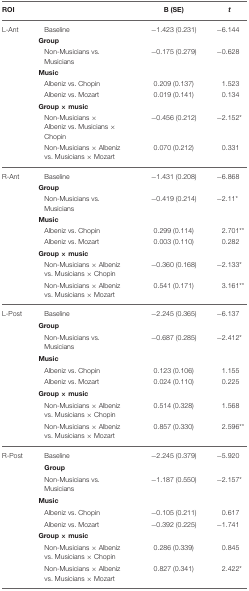
<table><thead><tr><td><b>ROI</b></td><td></td><td><b>B (SE)</b></td><td><b><i>t</i></b></td></tr></thead><tbody><tr><td>L-Ant</td><td>Baseline</td><td>−1.423 (0.231)</td><td>−6.144</td></tr><tr><td colspan="3"><b>Group</b></td><td></td></tr><tr><td></td><td>Non-Musicians vs. Musicians</td><td>−0.175 (0.279)</td><td>−0.628</td></tr><tr><td colspan="3"><b>Music</b></td><td></td></tr><tr><td></td><td>Albeniz vs. Chopin</td><td>0.209 (0.137)</td><td>1.523</td></tr><tr><td></td><td>Albeniz vs. Mozart</td><td>0.019 (0.141)</td><td>0.134</td></tr><tr><td colspan="3"><b>Group</b> × <b>music</b></td><td></td></tr><tr><td></td><td>Non-Musicians × Albeniz vs. Musicians × Chopin</td><td>−0.456 (0.212)</td><td>−2.152<sup>*</sup></td></tr><tr><td></td><td>Non-Musicians × Albeniz vs. Musicians × Mozart</td><td>0.070 (0.212)</td><td>0.331</td></tr><tr><td>R-Ant</td><td>Baseline</td><td>−1.431 (0.208)</td><td>−6.868</td></tr><tr><td colspan="3"><b>Group</b></td><td></td></tr><tr><td></td><td>Non-Musicians vs. Musicians</td><td>−0.419 (0.214)</td><td>−2.11<sup>*</sup></td></tr><tr><td colspan="3"><b>Music</b></td><td></td></tr><tr><td></td><td>Albeniz vs. Chopin</td><td>0.299 (0.114)</td><td>2.701<sup>**</sup></td></tr><tr><td></td><td>Albeniz vs. Mozart</td><td>0.003 (0.110)</td><td>0.282</td></tr><tr><td colspan="3"><b>Group</b> × <b>music</b></td><td></td></tr><tr><td></td><td>Non-Musicians × Albeniz vs. Musicians × Chopin</td><td>−0.360 (0.168)</td><td>−2.133<sup>*</sup></td></tr><tr><td></td><td>Non-Musicians × Albeniz vs. Musicians × Mozart</td><td>0.541 (0.171)</td><td>3.161<sup>**</sup></td></tr><tr><td>L-Post</td><td>Baseline</td><td>−2.245 (0.365)</td><td>−6.137</td></tr><tr><td colspan="3"><b>Group</b></td><td></td></tr><tr><td></td><td>Non-Musicians vs. Musicians</td><td>−0.687 (0.285)</td><td>−2.412<sup>*</sup></td></tr><tr><td colspan="3"><b>Music</b></td><td></td></tr><tr><td></td><td>Albeniz vs. Chopin</td><td>0.123 (0.106)</td><td>1.155</td></tr><tr><td></td><td>Albeniz vs. Mozart</td><td>0.024 (0.110)</td><td>0.225</td></tr><tr><td colspan="3"><b>Group</b> × <b>music</b></td><td></td></tr><tr><td></td><td>Non-Musicians × Albeniz vs. Musicians × Chopin</td><td>0.514 (0.328)</td><td>1.568</td></tr><tr><td></td><td>Non-Musicians × Albeniz vs. Musicians × Mozart</td><td>0.857 (0.330)</td><td>2.596<sup>**</sup></td></tr><tr><td>R-Post</td><td>Baseline</td><td>−2.245 (0.379)</td><td>−5.920</td></tr><tr><td></td><td><b>Group</b></td><td></td><td></td></tr><tr><td></td><td>Non-Musicians vs. Musicians</td><td>−1.187 (0.550)</td><td>−2.157<sup>*</sup></td></tr><tr><td colspan="3"><b>Music</b></td><td></td></tr><tr><td></td><td>Albeniz vs. Chopin</td><td>−0.105 (0.211)</td><td>0.617</td></tr><tr><td></td><td>Albeniz vs. Mozart</td><td>−0.392 (0.225)</td><td>−1.741</td></tr><tr><td colspan="3"><b>Group</b> × <b>music</b></td><td></td></tr><tr><td></td><td>Non-Musicians × Albeniz vs. Musicians × Chopin</td><td>0.286 (0.339)</td><td>0.845</td></tr><tr><td></td><td>Non-Musicians × Albeniz vs. Musicians × Mozart</td><td>0.827 (0.341)</td><td>2.422<sup>*</sup></td></tr></tbody></table>